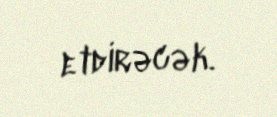
etdirəcək.